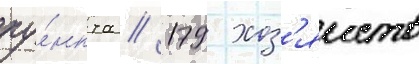
пу́нкта / 179 хоз'яиств